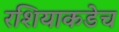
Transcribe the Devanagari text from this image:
रशियाकडेच